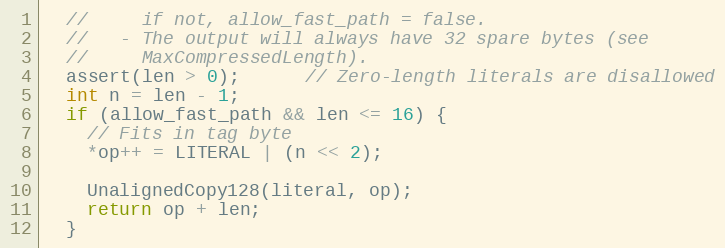
Language: C++
  //     if not, allow_fast_path = false.
  //   - The output will always have 32 spare bytes (see
  //     MaxCompressedLength).
  assert(len > 0);      // Zero-length literals are disallowed
  int n = len - 1;
  if (allow_fast_path && len <= 16) {
    // Fits in tag byte
    *op++ = LITERAL | (n << 2);

    UnalignedCopy128(literal, op);
    return op + len;
  }